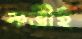
কর্ত্রীই